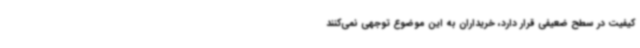
کیفیت در سطح ضعیفی قرار دارد، خریداران به این موضوع توجهی نمی‌کنند